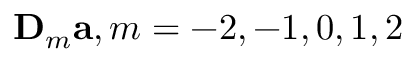
\mathbf D _ { m } \mathbf a , m = - 2 , - 1 , 0 , 1 , 2